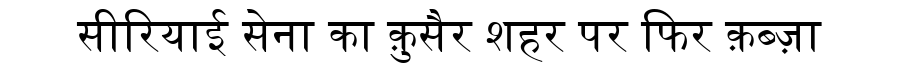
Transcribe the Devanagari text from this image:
सीरियाई सेना का क़ुसैर शहर पर फिर क़ब्ज़ा